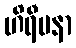
ဟိရီမနာ